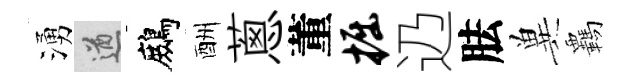
湧遒鷓酬蔥董掘辸胠兾覊